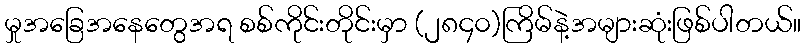
မှုအခြေအနေတွေအရ စစ်ကိုင်းတိုင်းမှာ (၂၈၄၀)ကြိမ်နဲ့အများဆုံးဖြစ်ပါတယ်။